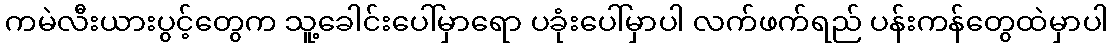
ကမဲလီးယားပွင့်တွေက သူ့ခေါင်းပေါ်မှာရော ပခုံးပေါ်မှာပါ လက်ဖက်ရည် ပန်းကန်တွေထဲမှာပါ